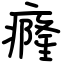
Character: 癃